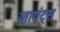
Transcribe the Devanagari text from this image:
जाएंट्स